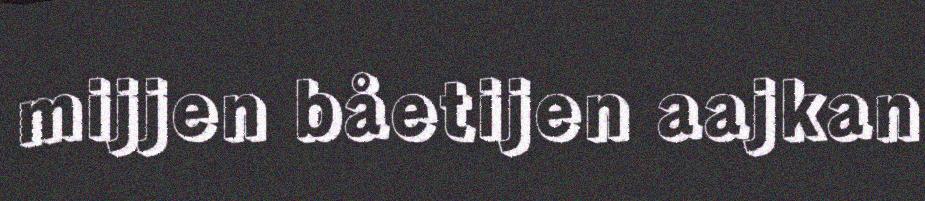
mijjen båetijen aajkan